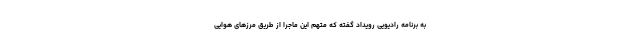
به برنامه رادیویی رویداد گفته که متهم این ماجرا از طریق مرزهای هوایی